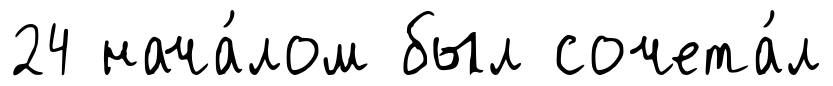
24 нача́лом был сочета́л